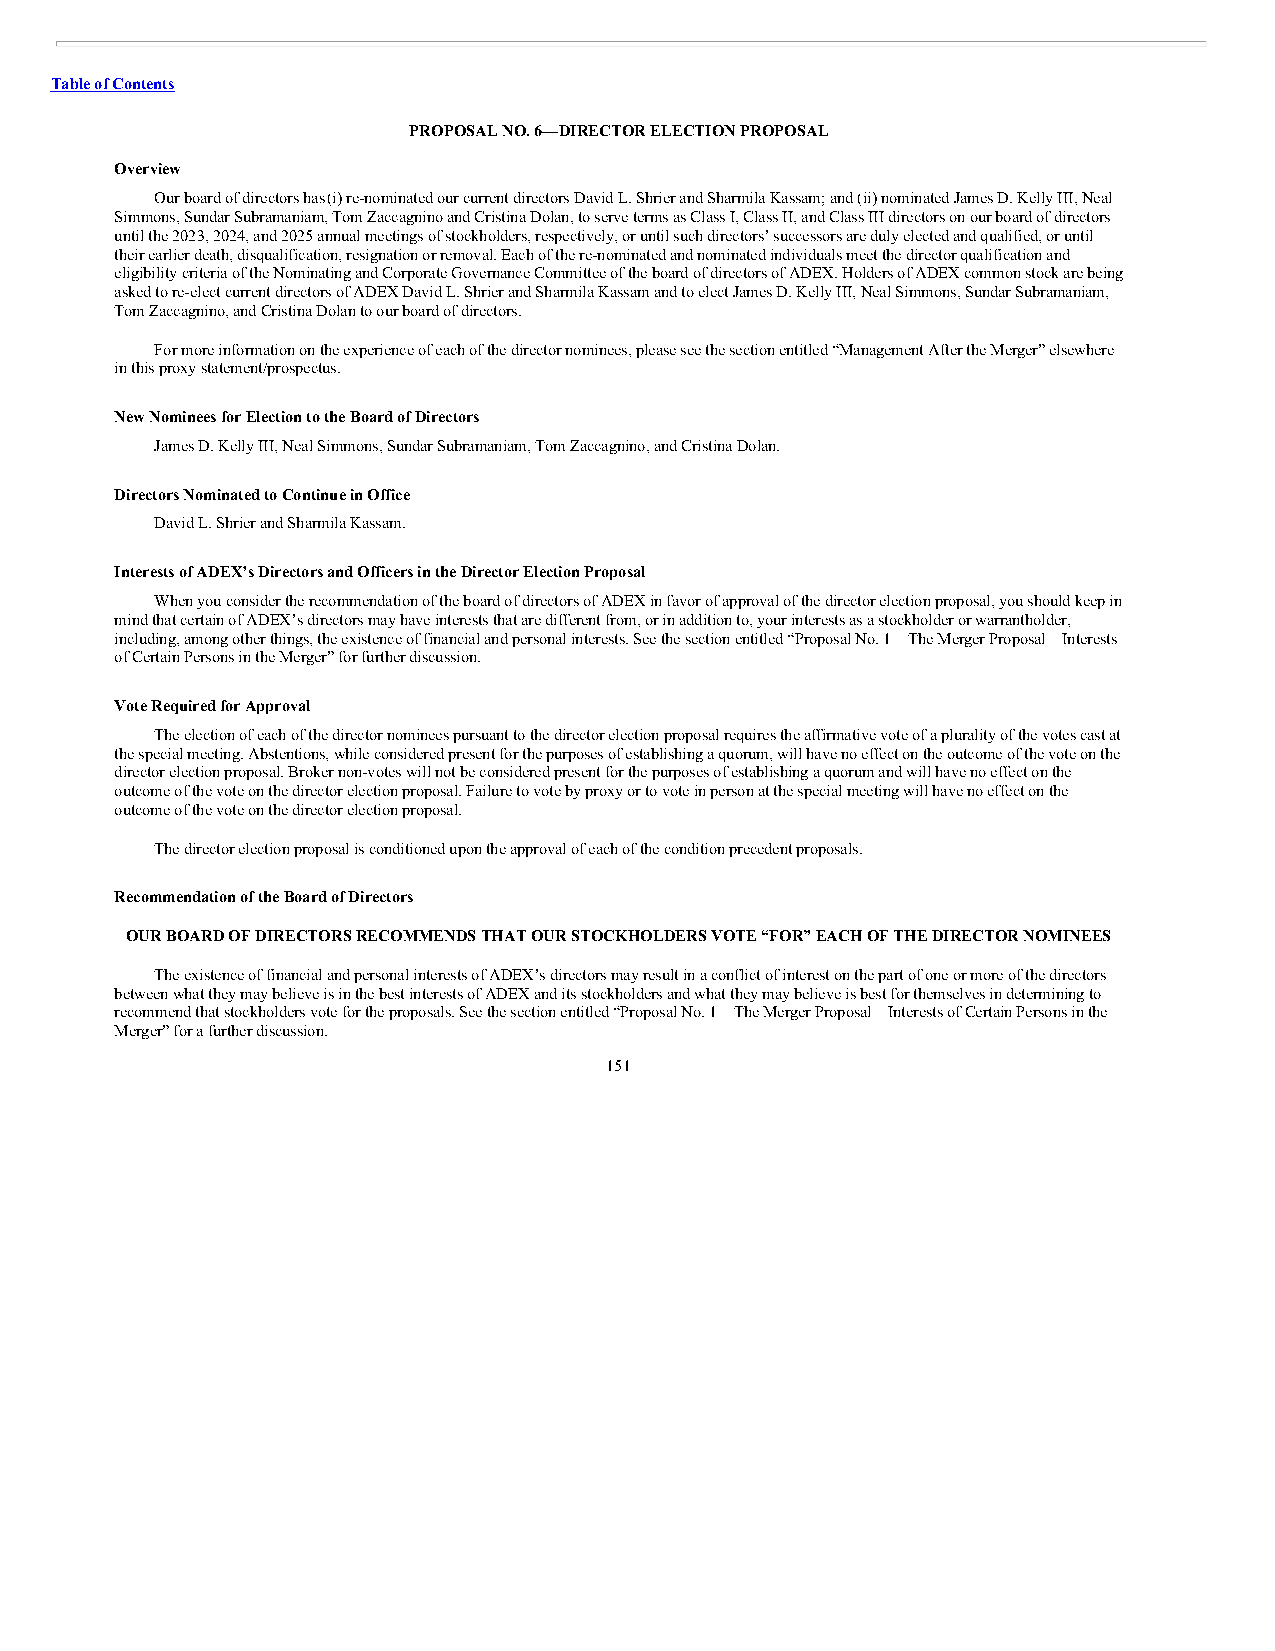
Table of Contents
 PROPOSAL NO. 6—DIRECTOR ELECTION PROPOSAL
 Overview
 Our board of directors has (i) re-nominated our current directors David L. Shrier and Sharmila Kassam; and (ii) nominated James D. Kelly III, Neal
 Simmons, Sundar Subramaniam, Tom Zaccagnino and Cristina Dolan, to serve terms as Class I, Class II, and Class III directors on our board of directors
 until the 2023, 2024, and 2025 annual meetings of stockholders, respectively, or until such directors’ successors are duly elected and qualified, or until
 their earlier death, disqualification, resignation or removal. Each of the re-nominated and nominated individuals meet the director qualification and
 eligibility criteria of the Nominating and Corporate Governance Committee of the board of directors of ADEX. Holders of ADEX common stock are being
 asked to re-elect current directors of ADEX David L. Shrier and Sharmila Kassam and to elect James D. Kelly III, Neal Simmons, Sundar Subramaniam,
 Tom Zaccagnino, and Cristina Dolan to our board of directors.
 For more information on the experience of each of the director nominees, please see the section entitled “Management After the Merger” elsewhere
 in this proxy statement/prospectus.
 New Nominees for Election to the Board of Directors
 James D. Kelly III, Neal Simmons, Sundar Subramaniam, Tom Zaccagnino, and Cristina Dolan.
 Directors Nominated to Continue in Office
 David L. Shrier and Sharmila Kassam.
 Interests of ADEX’s Directors and Officers in the Director Election Proposal
 When you consider the recommendation of the board of directors of ADEX in favor of approval of the director election proposal, you should keep in
 mind that certain of ADEX’s directors may have interests that are different from, or in addition to, your interests as a stockholder or warrantholder,
 including, among other things, the existence of financial and personal interests. See the section entitled “Proposal No. 1—The Merger Proposal—Interests
 of Certain Persons in the Merger” for further discussion.
 Vote Required for Approval
 The election of each of the director nominees pursuant to the director election proposal requires the affirmative vote of a plurality of the votes cast at
 the special meeting. Abstentions, while considered present for the purposes of establishing a quorum, will have no effect on the outcome of the vote on the
 director election proposal. Broker non-votes will not be considered present for the purposes of establishing a quorum and will have no effect on the
 outcome of the vote on the director election proposal. Failure to vote by proxy or to vote in person at the special meeting will have no effect on the
 outcome of the vote on the director election proposal.
 The director election proposal is conditioned upon the approval of each of the condition precedent proposals.
 Recommendation of the Board of Directors
 OUR BOARD OF DIRECTORS RECOMMENDS THAT OUR STOCKHOLDERS VOTE “FOR” EACH OF THE DIRECTOR NOMINEES
 The existence of financial and personal interests of ADEX’s directors may result in a conflict of interest on the part of one or more of the directors
 between what they may believe is in the best interests of ADEX and its stockholders and what they may believe is best for themselves in determining to
 recommend that stockholders vote for the proposals. See the section entitled “Proposal No. 1—The Merger Proposal—Interests of Certain Persons in the
 Merger” for a further discussion.
 151